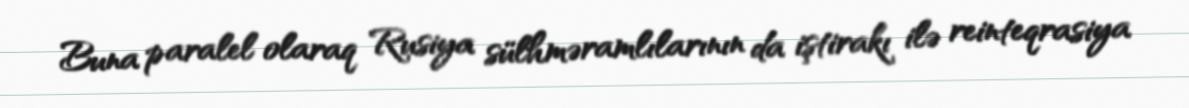
Buna paralel olaraq Rusiya sülhməramlılarının da iştirakı ilə reinteqrasiya